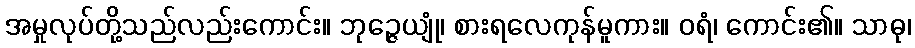
အမှုလုပ်တို့သည်လည်းကောင်း။ ဘုဉ္ဇေယျုံ၊ စားရလေကုန်မူကား။ ဝရံ၊ ကောင်း၏။ သာဓု၊